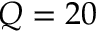
Q = 2 0